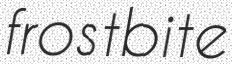
frostbite